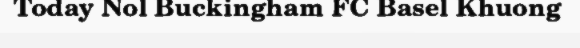
Today Nol Buckingham FC Basel Khuong